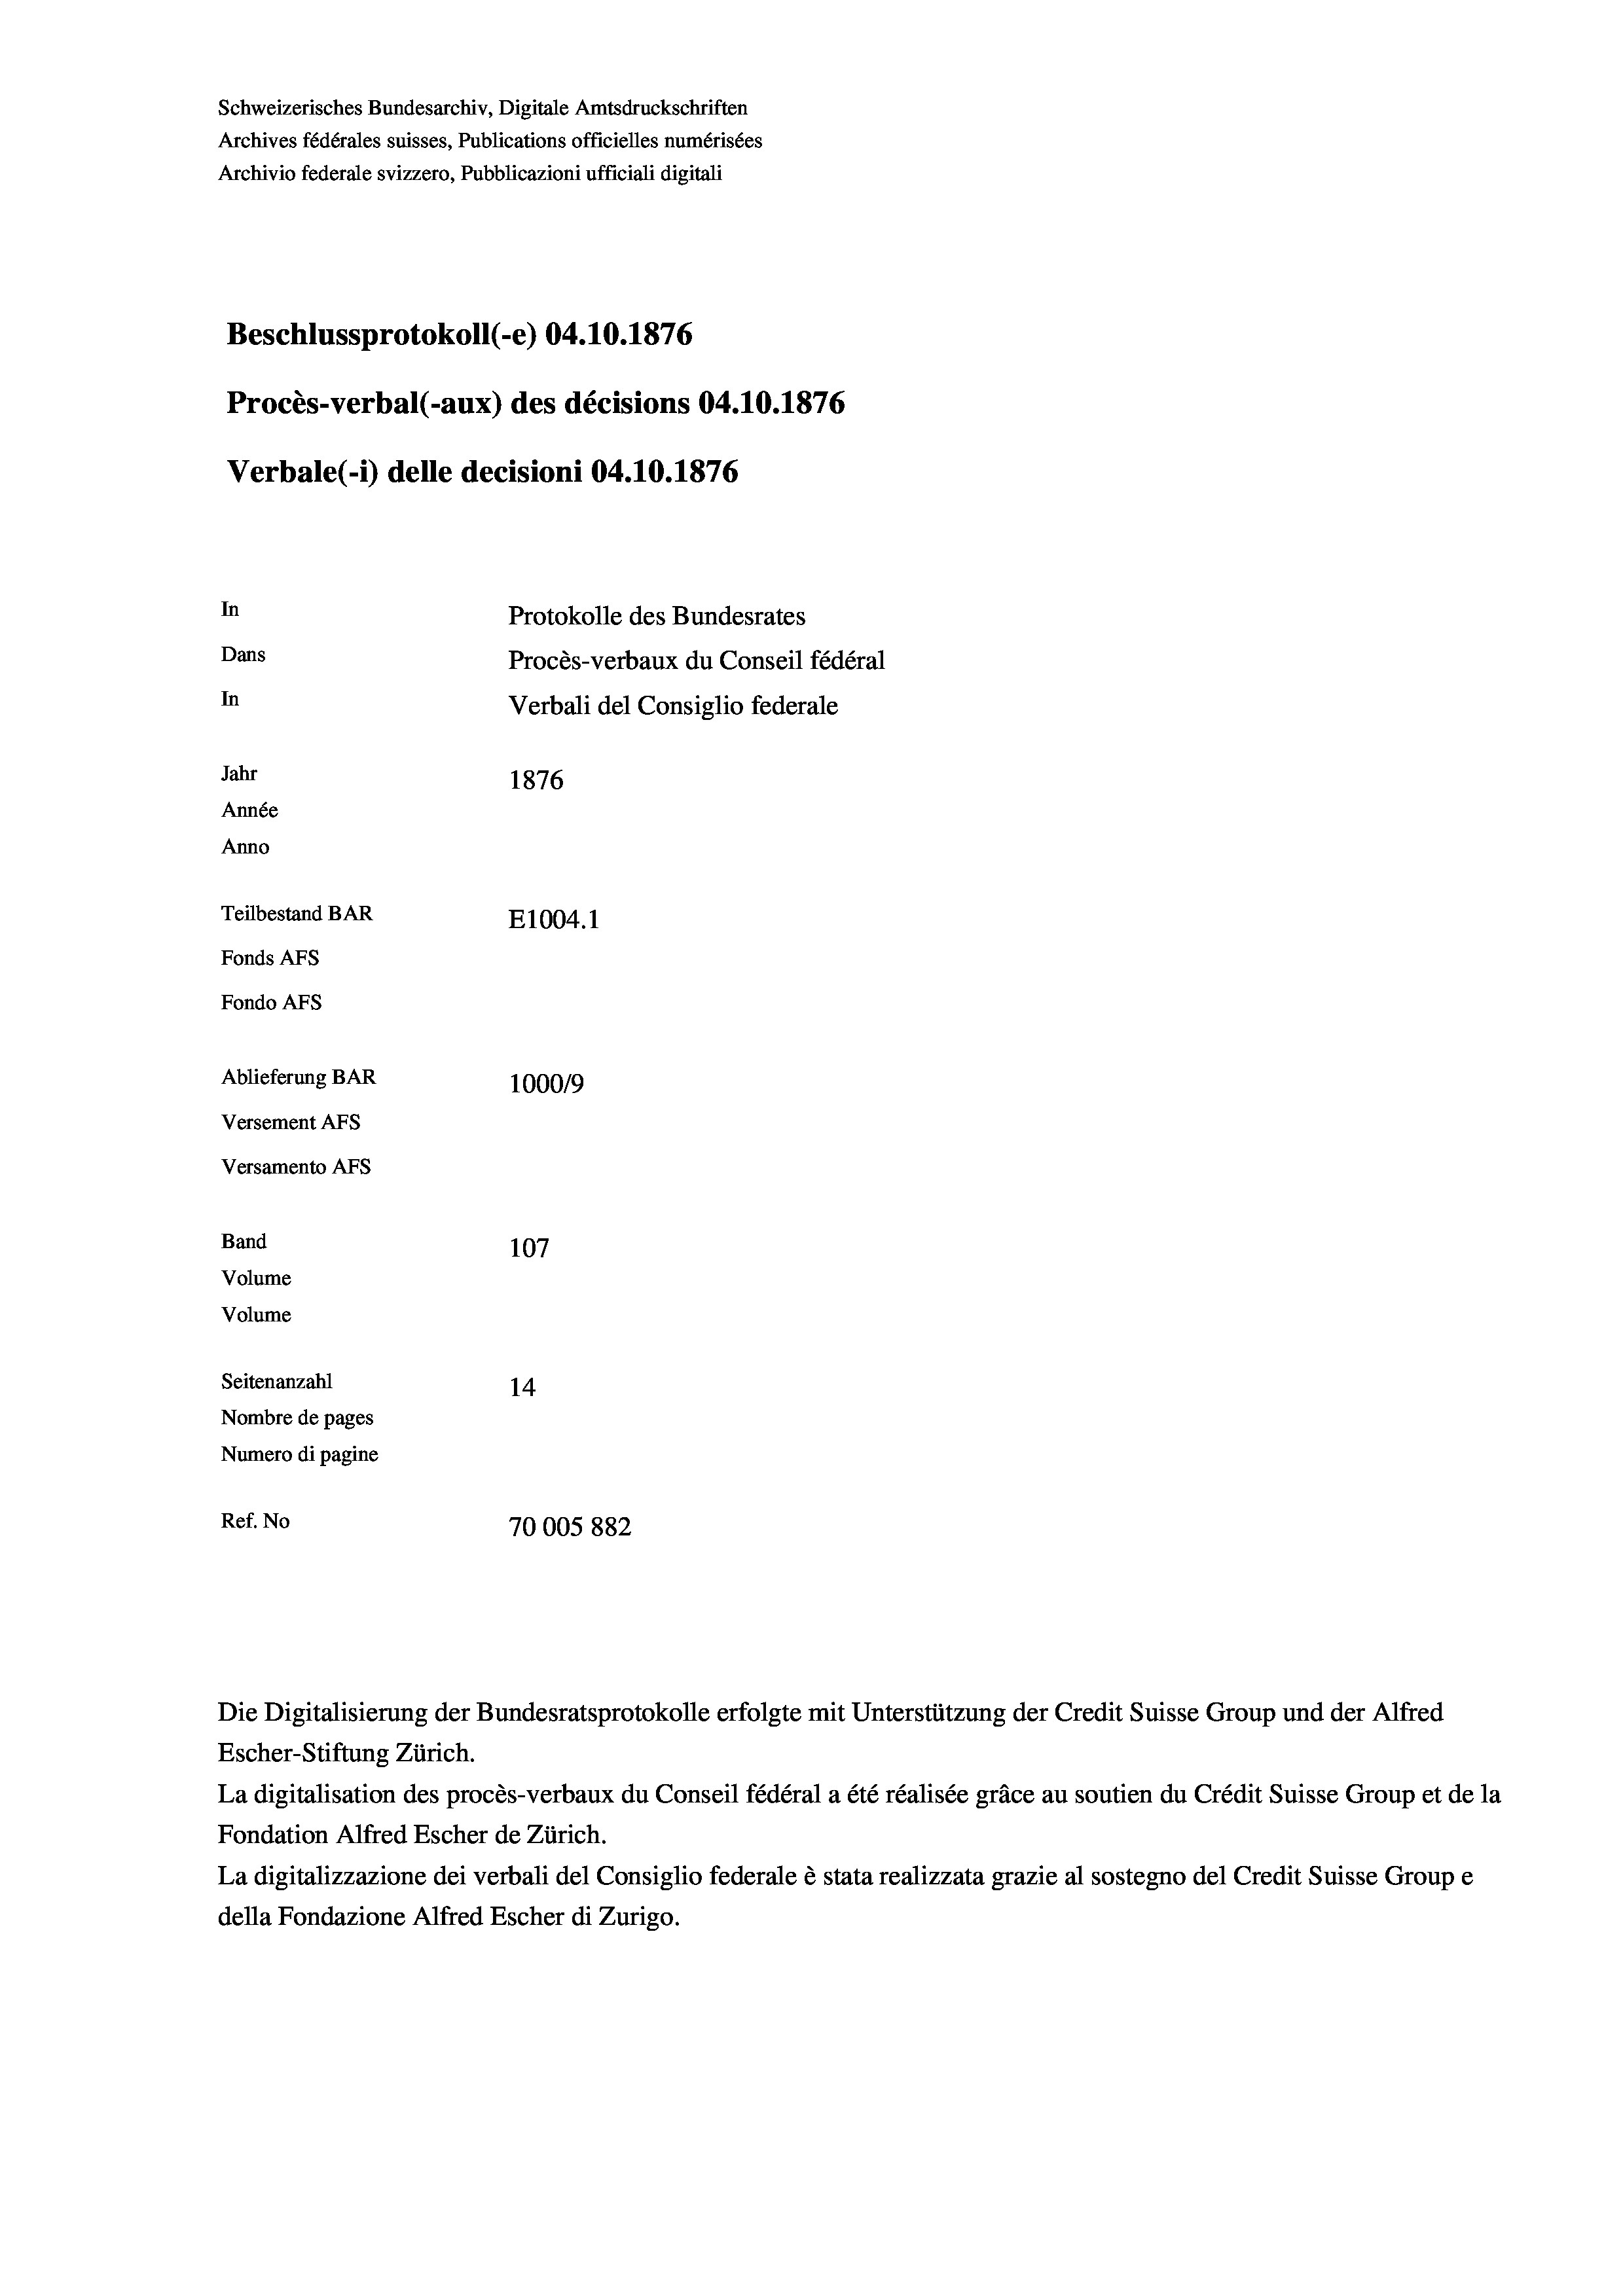
Schweizerisches Bundesarchiv, Digitale Amtsdruckschriften
Archives fédérales suisses, Publications officielles numérisées
Archivio federale svizzero, Pubblicazioni ufficiali digitali
Beschlussprotokoll (-e) 04.10.1876
Procès-verbal (-aux) des décisions 04.10.1876
Verbale (i) delle decisioni 04.10.1876
In
Protokolle des Bundesrates
Dans
Procès-verbaux du Conseil fédéral
In
Verbali del Consiglio federale
Jahr
1876
Année
Anno
Teilbestand BAR
E1004. 1
Fonds AFs
Fondo AFs
Ablieferung BAR
1000/9
Versement Abs
Versamento AFs
Band
107
Volume
Volume
Seitenanzahl
14
Nombre de pages
Numero di pagine
Ref. No
70005 882

Escher-Stiftung Zürich.
La digitalisation des procès-verbaux du Conseil fédéral a été réalisée gräce au soutien du Crédit Suisse Group et de la
Fondation Alfred Escher de Zürich.
La digitalizzazione dei verbali del Consiglio federale è stata realizzata grazie al sostegno del Credit Suisse Groupe
della Fondazione Alfred Escher di Zurigo.

Die Digitalisierung der Bundesratsprotokolle erfolgte mit Unterstützung der Credit Suisse Group und der Alfred